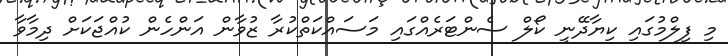
މި ފިލްމުގައި ކިޔާދޭނީ ކޯލް ސެންޓަރެއްގައި މަސައްކަތްކުރާ ޒުވާން އަންހެން ކުއްޖަކަށް ދިމާވާ